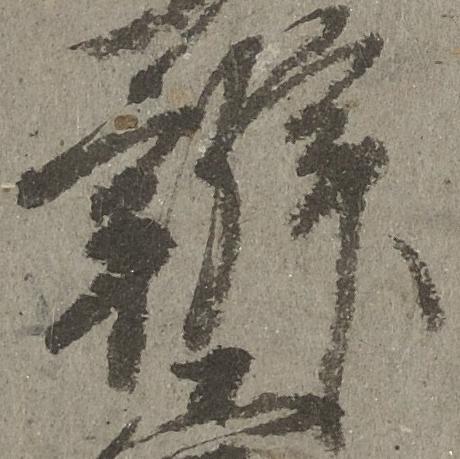
弁